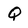
Character: Q